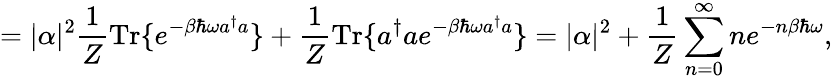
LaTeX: =|\alpha|^{2}{\frac{1}{Z}}{\mathrm{Tr}}\{ e^{-\beta\hbar\omega a^{\dagger}a}\} +{\frac{1}{Z}}{\mathrm{Tr}}\{ a^{\dagger}ae^{-\beta\hbar\omega a^{\dagger}a}\} =|\alpha|^{2}+{\frac{1}{Z}}\sum_{n=0}^{\infty}ne^{-n\beta\hbar\omega},